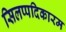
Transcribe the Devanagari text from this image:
सिलप्पदिकारम